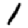
Digit: 1